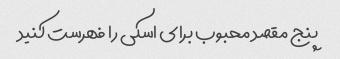
پنج مقصد محبوب برای اسکی را فهرست کنید